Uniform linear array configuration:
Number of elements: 4
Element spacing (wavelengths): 0.5
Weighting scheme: hann
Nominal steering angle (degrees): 30
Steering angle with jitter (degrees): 29.48
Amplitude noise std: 0.05
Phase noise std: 0.05

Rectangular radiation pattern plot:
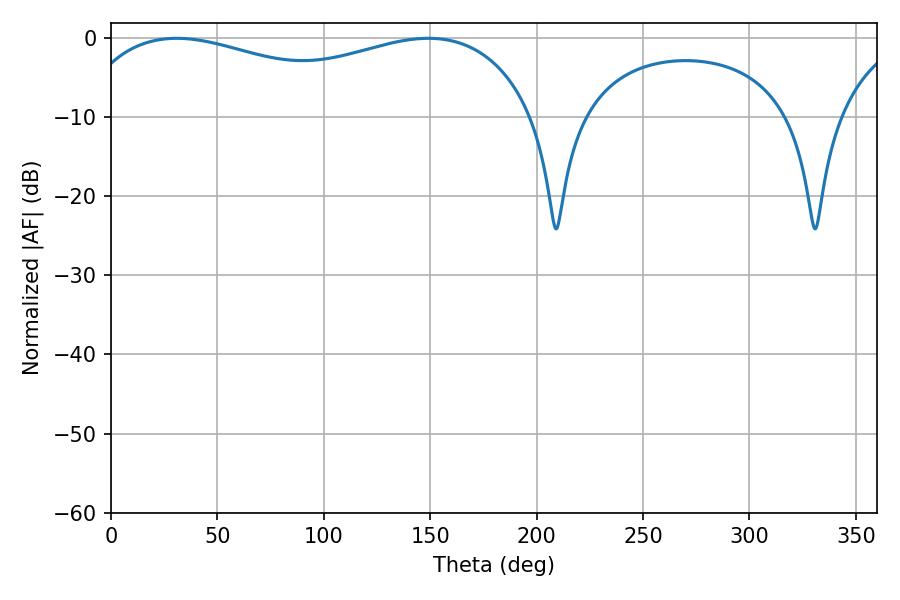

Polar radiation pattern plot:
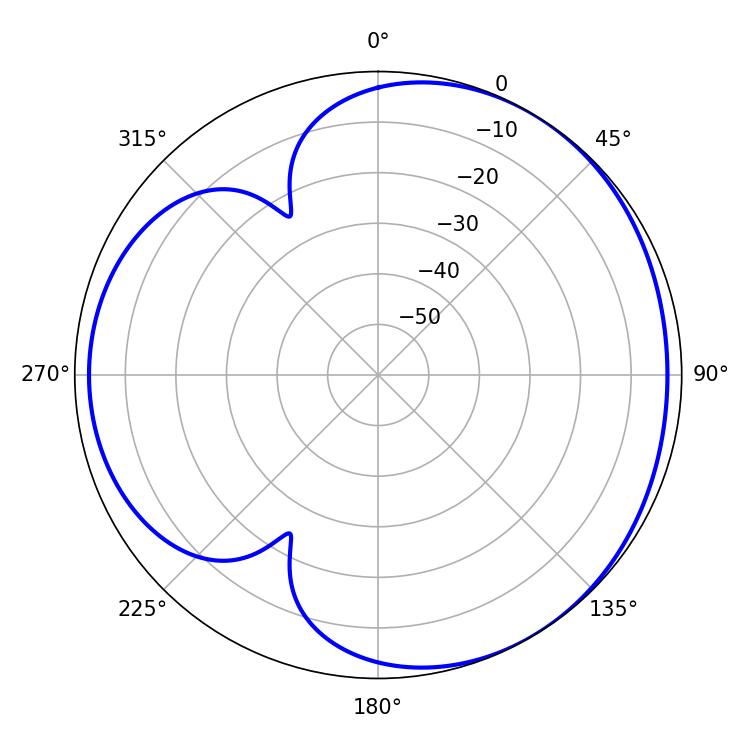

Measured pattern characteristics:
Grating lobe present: FALSE
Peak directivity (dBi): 3.517
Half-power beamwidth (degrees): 178.56
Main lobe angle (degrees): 30.78